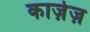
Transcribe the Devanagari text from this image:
काजे़ज़